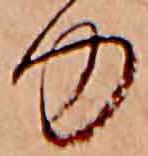
ゆ